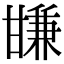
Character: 㽐